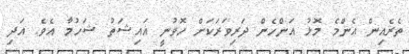
ތެރެއިން އެންމެ މޮޅު އަންހެން ދަރިވަރަކަށް ހޮވުނީ އައިޝަތު ޝަހުމާ އެވެ. އަދި